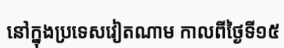
នៅក្នុងប្រទេសវៀតណាម កាលពីថ្ងៃទី១៥